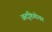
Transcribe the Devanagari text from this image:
अदृष्टिगोचर